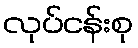
လုပ်ငန်းစု